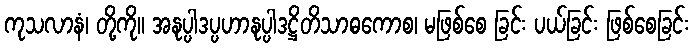
ကုသလာနံ၊ တို့ကို။ အနုပ္ပါဒပ္ပဟာနုပ္ပါဒဋ္ဌိတိသာဓကောစ၊ မဖြစ်စေ ခြင်း ပယ်ခြင်း ဖြစ်စေခြင်း